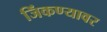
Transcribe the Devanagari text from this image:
जिंकण्यावर